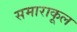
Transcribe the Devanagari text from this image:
समाराकूल